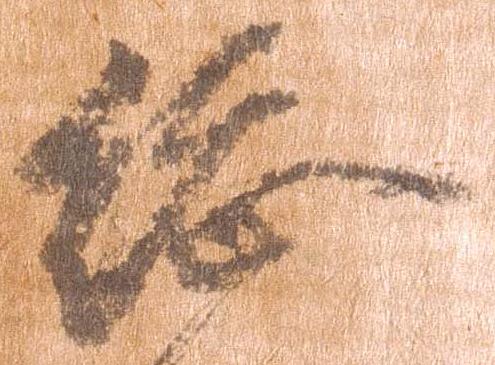
総